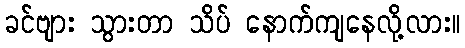
ခင်ဗျား သွားတာ သိပ် နောက်ကျနေလို့လား။